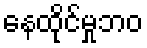
နေထိုင်မှုဘဝ